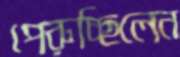
পেরুচ্ছিলেন